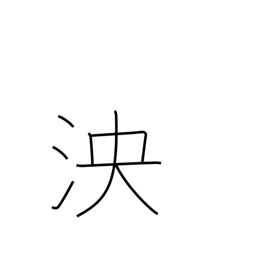
Meaning: deep and broad